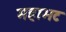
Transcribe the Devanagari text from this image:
महाभट